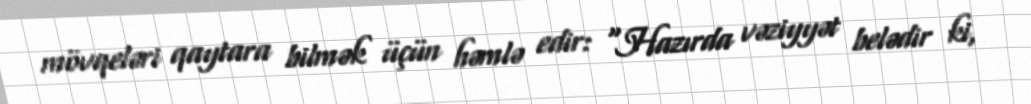
mövqeləri qaytara bilmək üçün həmlə edir: “Hazırda vəziyyət belədir ki,